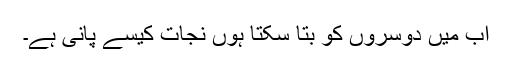
اب میں دوسروں کو بتا سکتا ہوں نجات کیسے پانی ہے۔